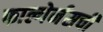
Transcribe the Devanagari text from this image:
फाल्गेर्नसची